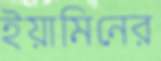
ইয়ামিনের